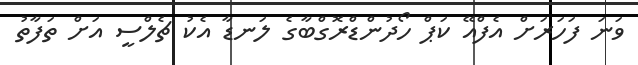
ވަނަ ފަހަރަށް އެފްއޭ ކަޕް ހޯދުންޑްރޮގްބާގެ ލަނޑާ އެކު ޗެލްސީ އަށް ތަފާތު